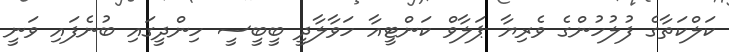
ކަލްކަތާގެ ފުލުހުންގެ ވެރިޔާ ޕަލާވް ކަންޓީއާ ހަވާލާދީ ބީބީސީ ހިންދީގައި ބުނެފައި ވަނީ